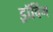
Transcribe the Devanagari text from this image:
ड्रॉविंग